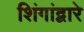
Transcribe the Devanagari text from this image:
शिंगांद्वारे